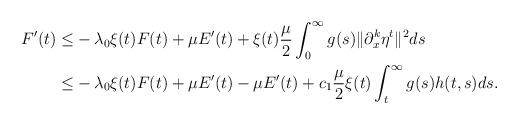
LaTeX: \begin{align*}F'(t)\leq& -\lambda_0\xi(t)F(t)+\mu E'(t)+\xi(t)\dfrac{\mu}{2}\int_0^\infty g(s)\|\partial_x^{k}\eta^t\|^2ds\\\leq& -\lambda_0\xi(t)F(t)+\mu E'(t)-\mu E'(t)+c_1\dfrac{\mu}{2}\xi(t)\int_t^\infty g(s)h(t,s)ds.\end{align*}